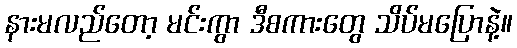
နားမလည်တော့ မင်းကွာ ဒီစကားတွေ သိပ်မပြောနဲ့။